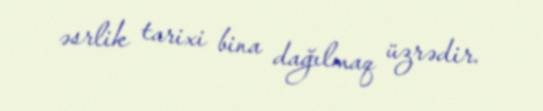
əsrlik tarixi bina dağılmaq üzrədir.